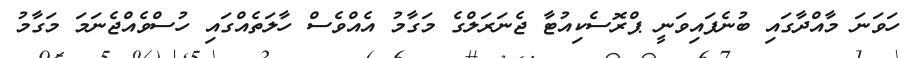
ހަވަނަ މާއްދާގައި ބުނެފައިވަނީ ޕްރޮސެކިއުޓާ ޖެނަރަލްގެ މަގާމު އެއްވެސް ހާލަތެއްގައި ހުސްވެއްޖެނަމަ މަގާމު